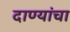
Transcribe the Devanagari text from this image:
दाण्यांचा